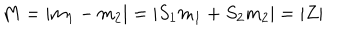
LaTeX: M = | m _ { 1 } - m _ { 2 } | = | S _ { 1 } m _ { 1 } + S _ { 2 } m _ { 2 } | = | Z |